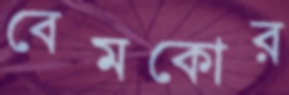
বেমকোর